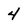
Character: 4